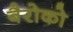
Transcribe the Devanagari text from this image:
बैरोको